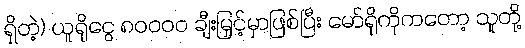
ရှိတဲ့) ယူရိုငွေ ၈၀၀၀၀ ချီးမြှင့်မှာဖြစ်ပြီး မော်ရိုကိုကတော့ သူတို့